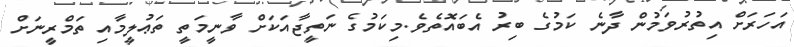
އަހަރަށް އިތުރުވަމުން ދާނެ ކަމުގެ ބިރު އެބައޮތެވެ.މިކަމުގެ ނަތީޖާއަކަށް ވާނީމަތީ ތަޢުލީމާއި ތަމްރީނަށް